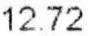
12.72